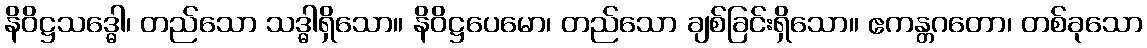
နိဝိဋ္ဌသဒ္ဓေါ၊ တည်သော သဒ္ဓါရှိသော။ နိဝိဋ္ဌပေမော၊ တည်သော ချစ်ခြင်းရှိသော။ ဧကန္တဂတော၊ တစ်ခုသော